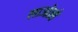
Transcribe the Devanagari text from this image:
लाओत्से